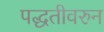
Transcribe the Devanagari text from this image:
पद्धतीवरुन